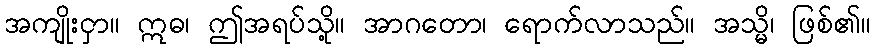
အကျိုးငှာ။ ဣဓ၊ ဤအရပ်သို့။ အာဂတော၊ ရောက်လာသည်။ အသ္မိ၊ ဖြစ်၏။